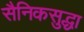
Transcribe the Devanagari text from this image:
सैनिकसुद्धा